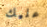
عليك